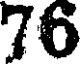
76